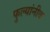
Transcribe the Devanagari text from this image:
फुल्यांनीव